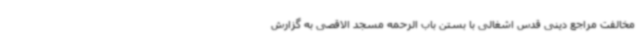
مخالفت مراجع دینی قدس اشغالی با بستن باب الرحمه مسجد الاقصی به گزارش